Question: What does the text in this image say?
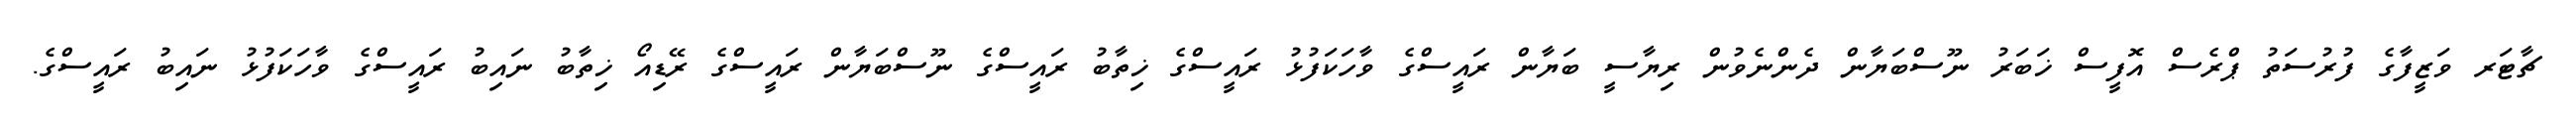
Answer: ޗާޓަރ ވަޒީފާގެ ފުރުސަތު ޕްރެސް އޮފީސް ޚަބަރު ނޫސްބަޔާން ދެންނެވުން ރިޔާސީ ބަޔާން ރައީސްގެ ވާހަކަފުޅު ރައީސްގެ ޚިތާބު ރައީސްގެ ނޫސްބަޔާން ރައީސްގެ ރޭޑިއޯ ޚިތާބު ނައިބު ރައީސްގެ ވާހަކަފުޅު ނައިބު ރައީސްގެ.